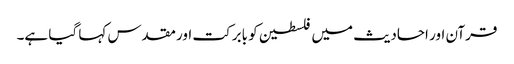
قرآن اور احادیث میں فلسطین کو بابرکت اور مقدس کہا گیا ہے۔